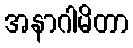
အနာဂါမိတာ